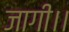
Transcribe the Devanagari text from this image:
जागी।।